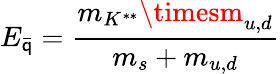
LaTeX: E_{\stackrel{\_ }{\mathsf{q}}}=\frac{{m_{K^{**}}\timesm_{u,d}}}{{m_{s}+m_{u,d}}}